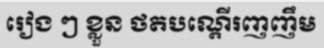
រៀង ៗ ខ្លួន ថតបណ្តើរញញឹម